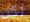
لكن